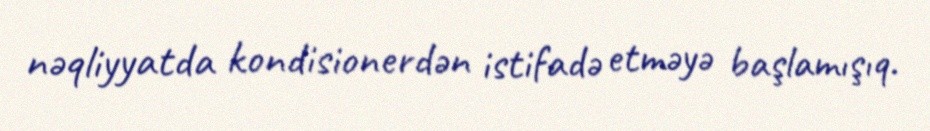
nəqliyyatda kondisionerdən istifadə etməyə başlamışıq.